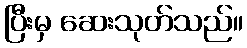
ပြီးမှ ဆေးသုတ်သည်။